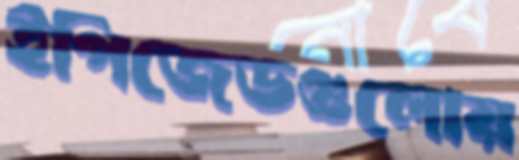
ইপিজেডগুলোয়